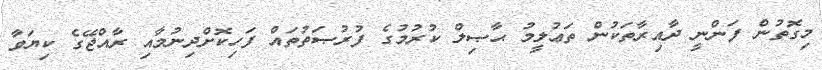
މިގޮތުން ފަންނީ ދާއިރާތަކުން ތަޢުލީމު ޙާޞިލް ކުރުމުގެ ފުރުޞަތުތައް ފަހިކޮށްދިނުމާއި ރާއްޖޭގެ ކިޔަވާ